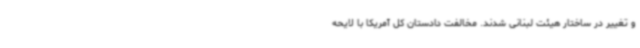
و تغییر در ساختار هیئت لبنانی شدند. مخالفت دادستان کل آمریکا با لایحه